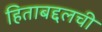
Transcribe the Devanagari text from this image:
हिताबद्दलची